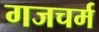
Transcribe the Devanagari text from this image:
गजचर्म